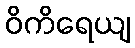
ဝိကိရေယျ